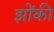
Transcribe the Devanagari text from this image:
झोंकी